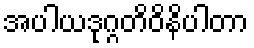
အပါယဒုဂ္ဂတိဝိနိပါတာ